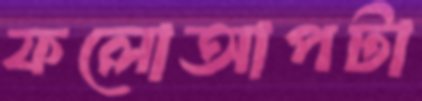
ফলোআপটা